Report on certain features of malaria in the island of Salsette
Disease focus: Malaria
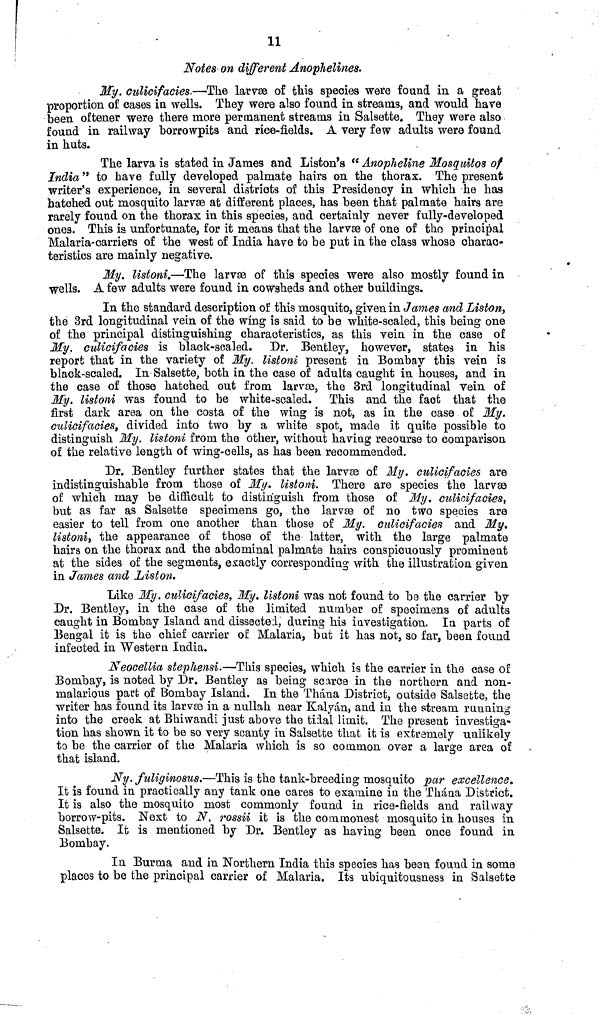
11
Notes on different Anophelines.
My. culicifacies.—The larvæ of this species were found in a great
proportion of oases in wells. They were also found in streams, and would have
been oftener were there more permanent streams in Saisette. They were also
found in railway borrowpits and rice-fields. A very few adults were found
in huts.
The larva is stated in James and Liston's " Anopheline Mosquitos of
India" to have fully developed palmate hairs on the thorax. The present
writer's experience, in several districts of this Presidency in which he has
hatched out mosquito larvæ at different places, has been that palmate hairs are
rarely found on the thorax in this species, and certainly never fully-developed
ones. This is unfortunate, for it means that the larvæ of one of the principal
Malaria-carriers of the west of India have to be put in the class whose charac-
teristics are mainly negative.
My. listoni.—The larvæ of this species were also mostly found in
wells. A few adults were found in cowsheds and other buildings.
In the standard description of this mosquito, given in James and Liston,
the 3rd longitudinal vein of the wing is said to be white-scaled, this being one
of the principal distinguishing characteristics, as this vein in the case of
My. culicifacies is black-scaled. Dr. Bentley, however, states in his
report that in the variety of My. listoni present in Bombay this vein is
black-scaled. In Salsette, both in the case of adults caught in houses, and in
the case of those hatched out from larvæ, the 3rd longitudinal vein of
My. listoni was found to be white-scaled. This and the fact that the
first dark area on the costa of the wing is not, as in the case of My.
culicifacies, divided into two by a white spot, made it quite possible to
distinguish My. listoni from the other, without having recourse to comparison
of the relative length of wing-cells, as has been recommended.
Dr. Bentley further states that the larvae of My. culicifacies are
indistinguishable from those of My. listoni. There are species the larvæ
of which may be difficult to distinguish from those of My. culicifacies,
but as far as Salsette specimens, go, the larvæ of no two species are
easier to tell from one another than those of My. culicifacies and My.
listoni, the appearance of those of the latter, with the large palmate
hairs on the thorax and the abdominal palmate hairs conspicuously prominent
at the sides of the segments, exactly corresponding with the illustration given
in James and Liston.
Like My. culicifacies, My. listoni was not found to be the carrier by
Dr. Bentley, in the case of the limited number of specimens of adults
caught in Bombay Island and dissected, during his investigation. In parts of
Bengal it is the chief carrier of Malaria, but it has not, so far, been found
infected in Western India.
Neocellia stephensi.—This species, which is the carrier in the case of
Bombay, is noted by Dr. Bentley as being scarce in the northern and non-
malarious part of Bombay Island. In the Thána District, outside Salsette, the
writer has found its larvae in a nullah near Kalyán, and in the stream running
into the creek at Bhiwandi just above the tidal limit. The present investiga-
tion has shown it to be so very scanty in Salsette that it is extremely unlikely
to be the carrier of the Malaria which is so common over a large area of
that island.
Ny. fuliginosus.—This is the tank-breeding mosquito par excellence.
It is found in practically any tank one cares to examine in the Thána District.
It is also the mosquito most commonly found in rice-fields and railway
borrow-pits. Next to N. rossii it is the commonest mosquito in houses in
Salsette. It is mentioned by Dr. Bentley as having been once found in
Bombay.
In Burma and in Northern India this species has bean found in some
places to be the principal carrier of Malaria. Its ubiquitousness in Salsotte